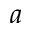
a